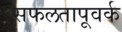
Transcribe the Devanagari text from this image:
सफलतापूवर्क